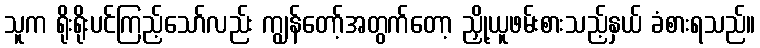
သူက ရိုးရိုးပင်ကြည့်သော်လည်း ကျွန်တော့်အတွက်တော့ ညှို့ယူဖမ်းစားသည့်နှယ် ခံစားရသည်။